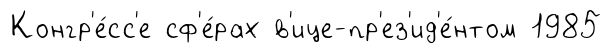
Конгр'е́сс'е сф'е́рах в'ице-пр'ез'ид'е́нтом 1985